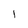
Character: 1